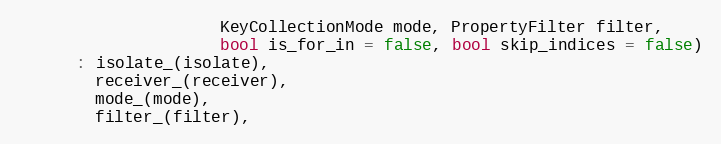
Language: C
                     KeyCollectionMode mode, PropertyFilter filter,
                     bool is_for_in = false, bool skip_indices = false)
      : isolate_(isolate),
        receiver_(receiver),
        mode_(mode),
        filter_(filter),